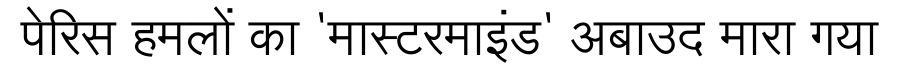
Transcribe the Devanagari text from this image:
पेरिस हमलों का 'मास्टरमाइंड' अबाउद मारा गया